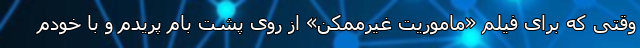
وقتی که برای فیلم «ماموریت غیرممکن» از روی پشت بام پریدم و با خودم